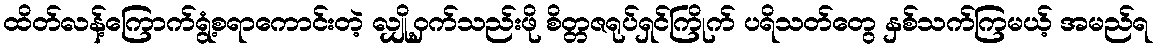
ထိတ်လန့်ကြောက်ရွံ့စရာကောင်းတဲ့ လျှို့ဝှက်သည်းဖို စိတ္တဇရုပ်ရှင်ကြိုက် ပရိသတ်တွေ နှစ်သက်ကြမယ့် အမည်ရ